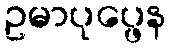
ဥမာပုပ္ဖေန